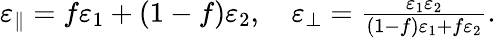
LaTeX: \begin{array}{r}{\varepsilon_{\parallel}=f\varepsilon_{1}+(1-f)\varepsilon_{2},\quad\varepsilon_{\perp}=\frac{\varepsilon_{1}\varepsilon_{2}}{(1-f)\varepsilon_{1}+f\varepsilon_{2}}.}\end{array}